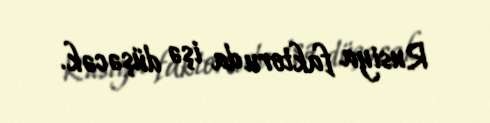
Rusiya faktoru da işə düşəcək.